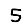
Digit: 5